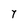
Character: Y